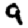
Digit: 9